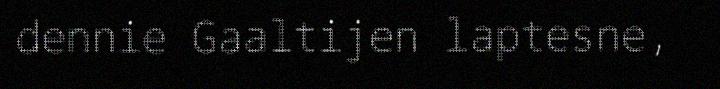
dennie Gaaltijen laptesne,